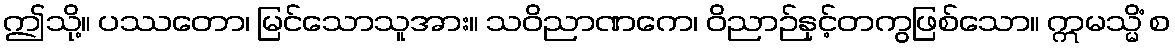
ဤသို့။ ပဿတော၊ မြင်သောသူအား။ သဝိညာဏကေ၊ ဝိညာဉ်နှင့်တကွဖြစ်သော။ ဣမသ္မိံ စ